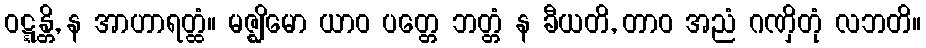
ဝဋ္ဋန္တိ, န အာဟာရတ္ထံ။ မဇ္ဈိမော ယာဝ ပတ္တေ ဘတ္တံ န ခီယတိ, တာဝ အညံ ဂဏှိတုံ လဘတိ။